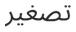
تصغير